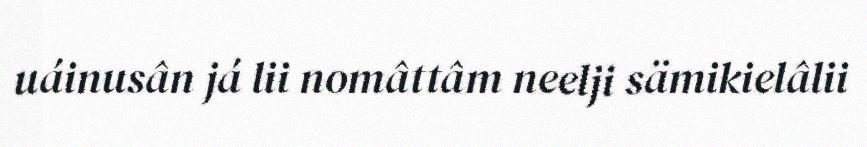
uáinusân já lii nomâttâm neelji sämikielâlii